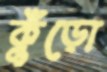
কুঁড়ো